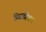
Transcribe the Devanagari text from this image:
प्रिझव्र्हेशन